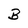
Character: B